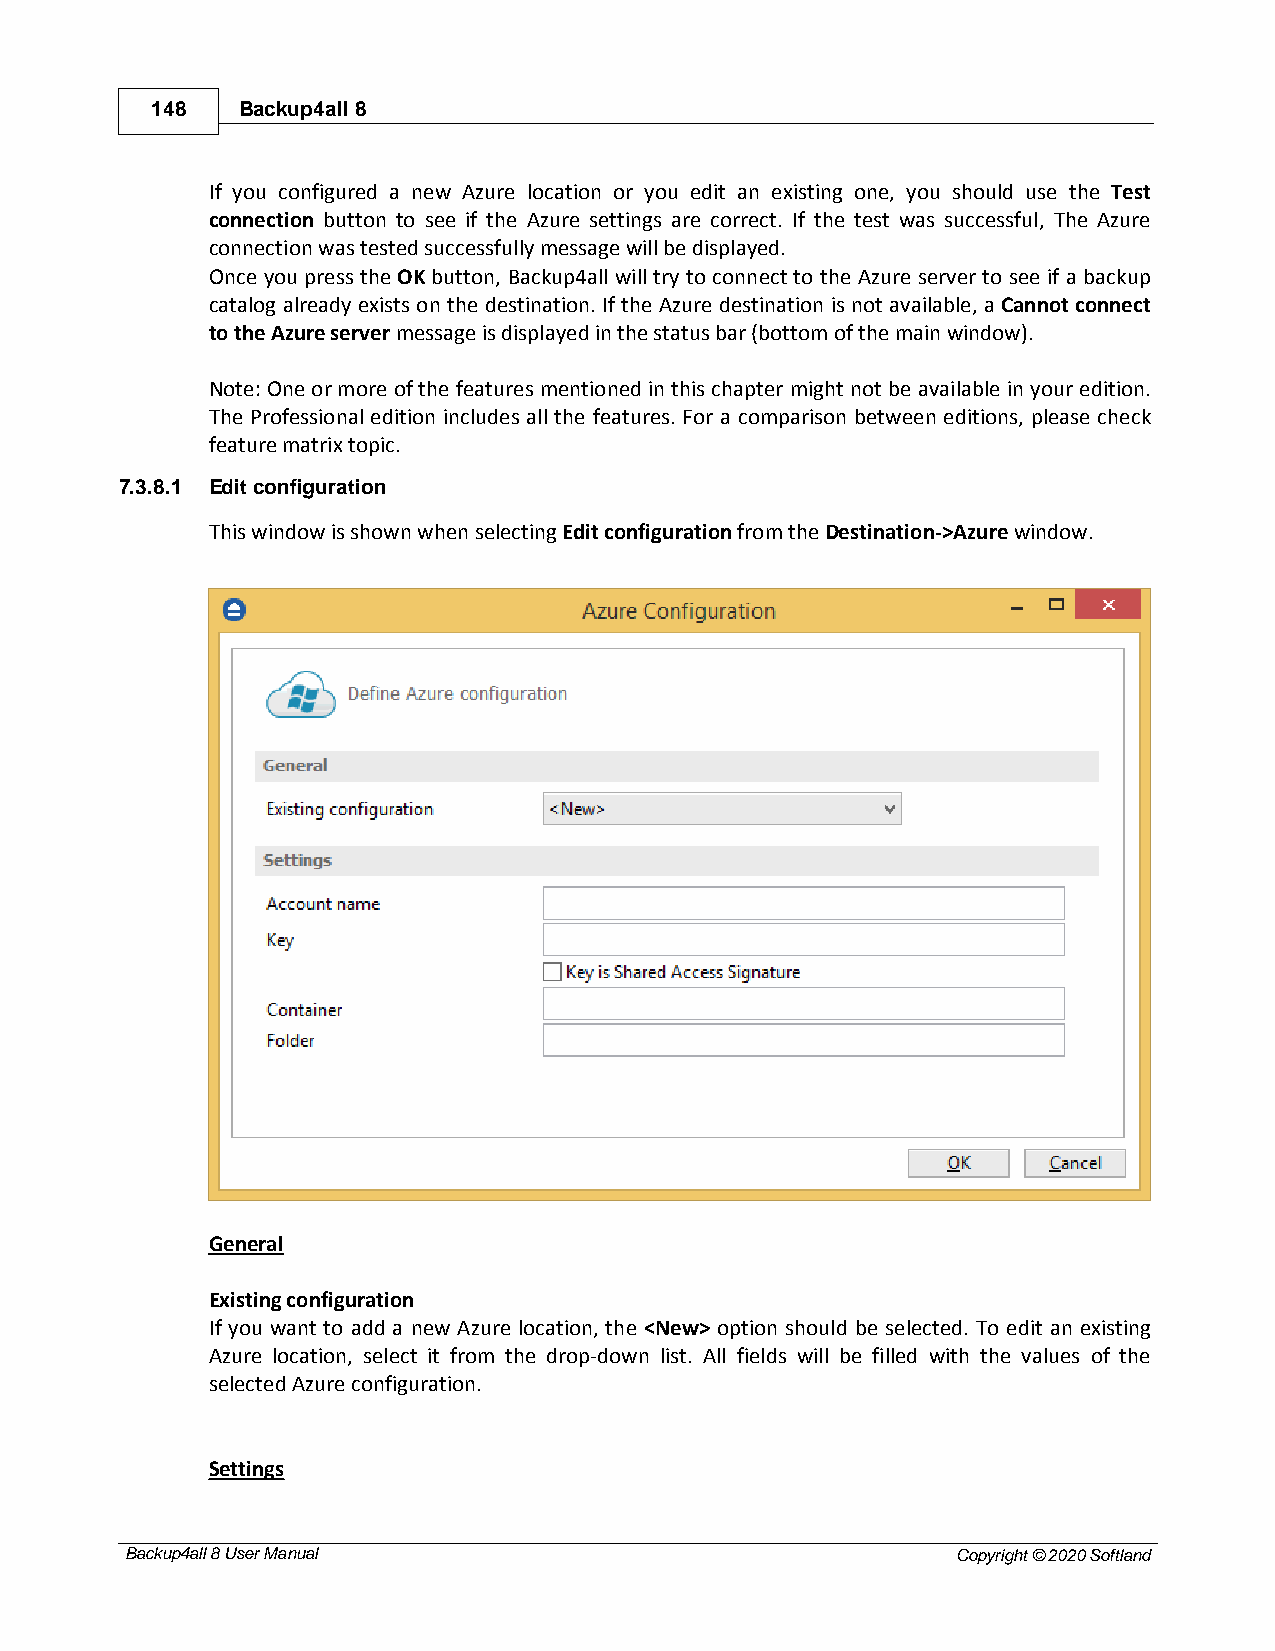
148   Backup4all 8
 If you configured a new Azure location or you edit an existing one, you should use the Test
 connection button to see if the Azure settings are correct. If the test was successful, The Azure
 connection was tested successfully message will be displayed.
 Once you press the OK button, Backup4all will try to connect to the Azure server to see if a backup
 catalog already exists on the destination. If the Azure destination is not available, a Cannot connect
 to the Azure server message is displayed in the status bar (bottom of the main window).
 Note: One or more of the features mentioned in this chapter might not be available in your edition.
 The Professional edition includes all the features. For a comparison between editions, please check
 feature matrix topic.
 7.3.8.1 Edit configuration
 This window is shown when selecting Edit configuration from the Destination->Azure window.
 General
 Existing configuration
 If you want to add a new Azure location, the <New> option should be selected. To edit an existing
 Azure location, select it from the drop-down list. All fields will be filled with the values of the
 selected Azure configuration.
 Settings
 Backup4all 8 User Manual                               Copyright © 2020 Softland